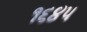
૧૬૪૫